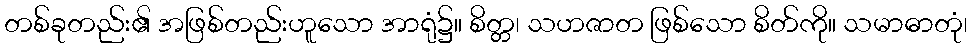
တစ်ခုတည်း၏ အဖြစ်တည်းဟူသော အာရုံ၌။ စိတ္တ၊ သဟဇာတ ဖြစ်သော စိတ်ကို။ သမာဓာတုံ၊